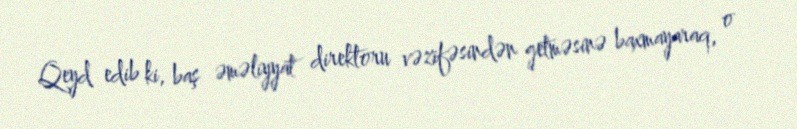
Qeyd edib ki, baş əməliyyat direktoru vəzifəsindən getməsinə baxmayaraq, o